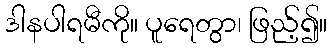
ဒါနပါရမီကို။ ပူရေတွာ၊ ဖြည့်၍။